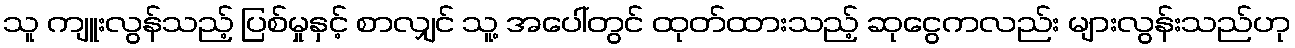
သူ ကျူးလွန်သည့် ပြစ်မှုနှင့် စာလျှင် သူ့ အပေါ်တွင် ထုတ်ထားသည့် ဆုငွေကလည်း များလွန်းသည်ဟု